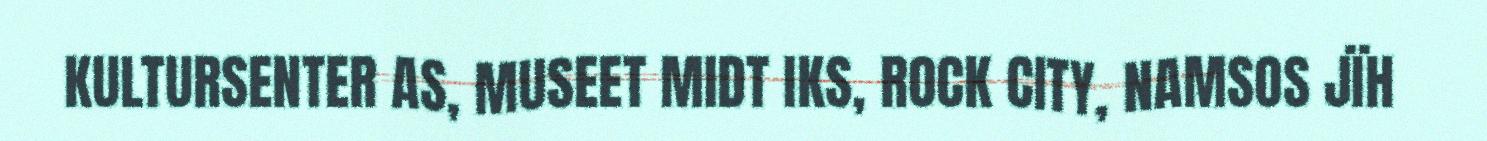
KULTURSENTER AS, MUSEET MIDT IKS, ROCK CITY, NAMSOS JÏH